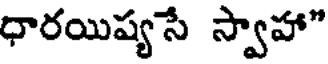
ధారయిష్యసే స్వాహా"